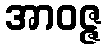
အာဝဇ္ဇ